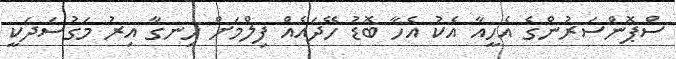
ސްޕޮންސަރުންގެ އެހީއާ އެކު އެހާ ބޮޑު ހޭދައެއް ފިލްމަށް ހިނގާ އިރު މަގުސަދަކީ